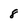
Character: 8